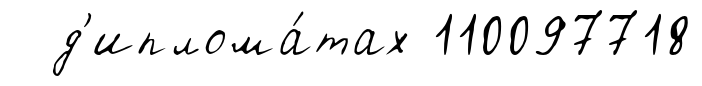
д'иплома́тах 110097718